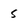
Character: 5